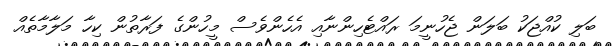
ބަލި ކުއްޖަކު ބަލަން ޖެހުނީމަ ރައްޓެހިންނާއި އެހެންވެސް މީހުންގެ ފަރާތުން ކިހާ މަލާމާތެއް